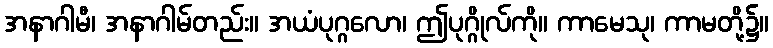
အနာဂါမီ၊ အနာဂါမ်တည်း။ အယံပုဂ္ဂလော၊ ဤပုဂ္ဂိုလ်ကို။ ကာမေသု၊ ကာမတို့၌။